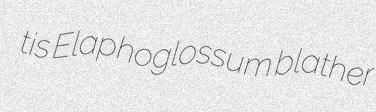
tis Elaphoglossum blather